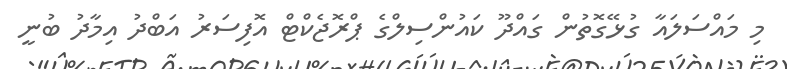
މި މައްސަލައާ ގުޅޭގޮތުން ގައްދޫ ކައުންސިލްގެ ޕްރޮޖެކްޓް އޮފިސަރު އަބްދު އިމާދު ބުނީ